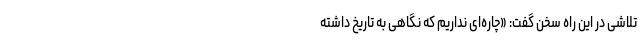
تلاشی در این راه سخن گفت: «چاره‌ای نداریم که نگاهی به تاریخ داشته